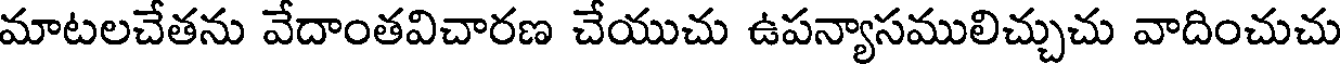
మాటలచేతను వేదాంతవిచారణ చేయుచు ఉపన్యాసములిచ్చుచు వాదించుచు